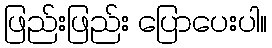
ဖြည်းဖြည်း ပြောပေးပါ။